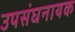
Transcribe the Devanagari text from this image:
उपसंघनायक